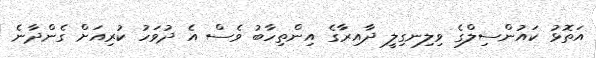
އަތޮޅު ކައުންސިލްގެ ވިލިނގިލީ ދާއިރާގެ އިންތިހާބު ވެސް އެ ދުވަހު ކުރިއަށް ގެންދާނެ